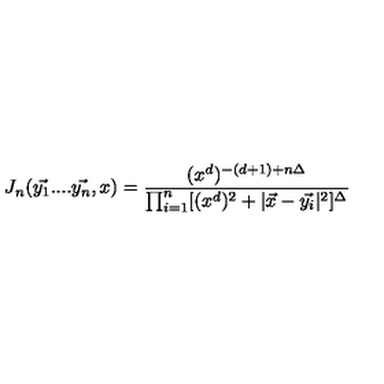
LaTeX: J _ { n } ( \vec { y _ { 1 } } . . . . \vec { y _ { n } } , x ) = \frac { ( x ^ { d } ) ^ { - ( d + 1 ) + n \Delta } } { \prod _ { i = 1 } ^ { n } [ ( x ^ { d } ) ^ { 2 } + | \vec { x } - \vec { y _ { i } } | ^ { 2 } ] ^ { \Delta } }